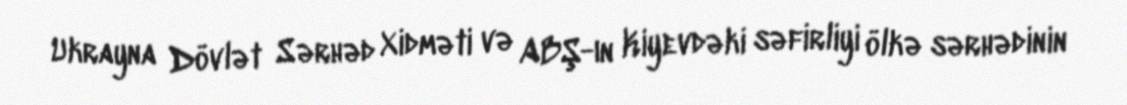
Ukrayna Dövlət Sərhəd Xidməti və ABŞ-ın Kiyevdəki səfirliyi ölkə sərhədinin